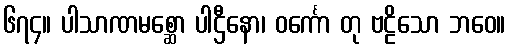
၆၇၄။ ပါသာဏမစ္ဆော ပါဌီနော၊ ဝင်္ကော တု ဗဠိသော ဘဝေ။